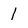
Character: l